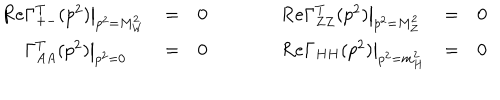
LaTeX: \begin{array} { l c c c l c c } { { { \mathrm R e } \Gamma _ { + - } ^ { T } ( p ^ { 2 } ) \big | _ { p ^ { 2 } = M _ { W } ^ { 2 } } } } & { { = } } & { { 0 } } & { { \qquad } } & { { { \mathrm R e } \Gamma _ { Z Z } ^ { T } ( p ^ { 2 } ) \big | _ { p ^ { 2 } = M _ { Z } ^ { 2 } } } } & { { = } } & { { 0 } } \\ { { \phantom { \mathrm R e } \Gamma _ { A A } ^ { T } ( p ^ { 2 } ) \big | _ { p ^ { 2 } = 0 } } } & { { = } } & { { 0 } } & { { \qquad } } & { { { \mathrm R e } \Gamma _ { H H } ( p ^ { 2 } ) \big | _ { p ^ { 2 } = m _ { H } ^ { 2 } } } } & { { = } } & { { 0 } } \\ \end{array}